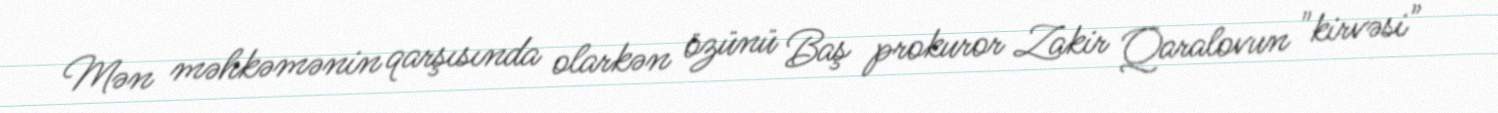
Mən məhkəmənin qarşısında olarkən özünü Baş prokuror Zakir Qaralovun "kirvəsi"